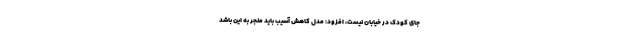
جای کودک در خیابان نیست، افزود: مدل کاهش آسیب باید منجر به این باشد